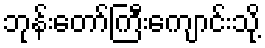
ဘုန်းတော်ကြီးကျောင်းသို့